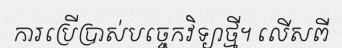
ការប្រើប្រាស់បច្ចេកវិទ្យាថ្មី។ លើសពី